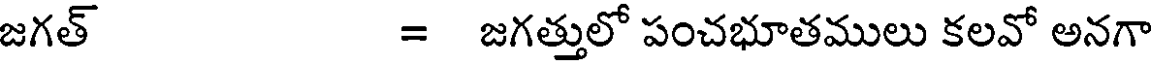
జగత్ = జగత్తులో పంచభూతములు కలవో అనగా